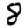
Digit: 8